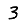
Digit: 3